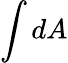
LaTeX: \int dA